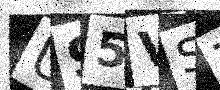
Text: U95VSZ